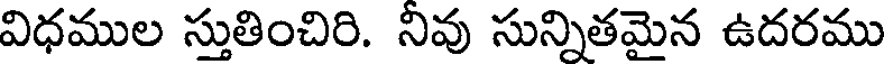
విధముల స్తుతించిరి. నివు సున్నితమైన ఉదరము